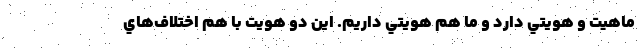
ماهيت و هويتي دارد و ما هم هويتي داريم. اين دو هويت با هم اختلاف‌هاي